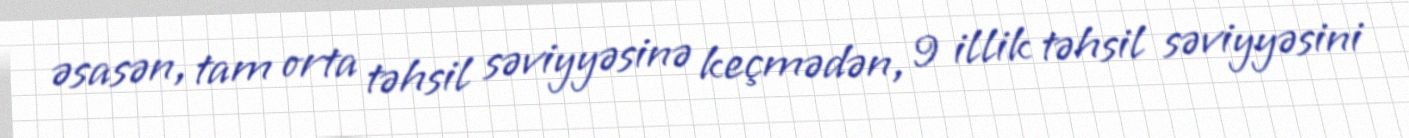
əsasən, tam orta təhsil səviyyəsinə keçmədən, 9 illik təhsil səviyyəsini